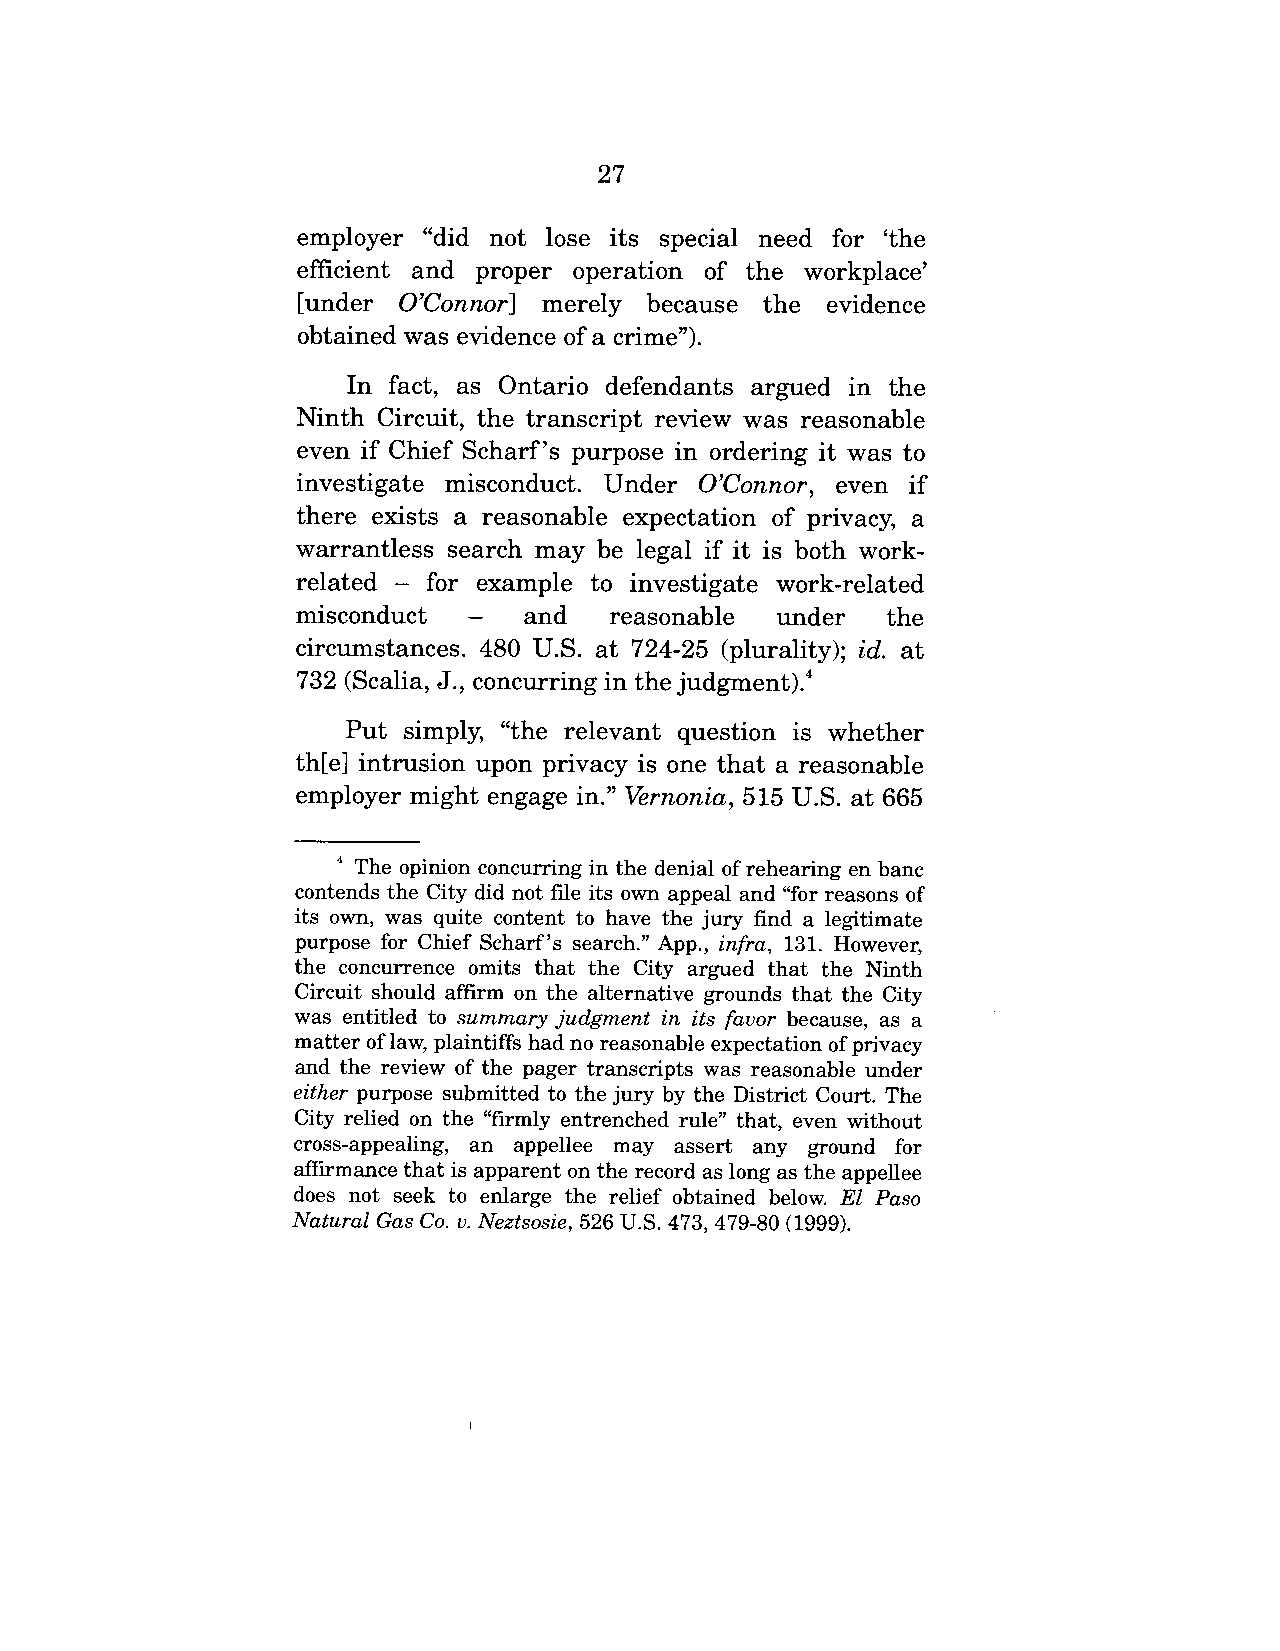
27
 employer "did not lose its special need for ’the
 efficient and proper operation of the workplace’
 [under O’Connor] merely because the evidence
 obtained was evidence of a crime").
 In fact, as Ontario defendants argued in the
 Ninth Circuit, the transcript review was reasonable
 even if Chief Scharf’s purpose in ordering it was to
 investigate misconduct. Under O’Connor, even if
 there exists a reasonable expectation of privacy, a
 warrantless search may be legal if it is both work-
 related - for example to investigate work-related
 misconduct - and reasonable under the
 circumstances. 480 U.S. at 724-25 (plurality); id. at
 732 (Scalia, J., concurring in the judgment).4
 Put simply, "the relevant question is whether
 th[e] intrusion upon privacy is one that a reasonable
 employer might engage in." Vernonia, 515 U.S. at 665
 ~ The opinion concurring in the denial of rehearing en banc
 contends the City did not file its own appeal and "for reasons of
 its own, was quite content to have the jury find a legitimate
 purpose for Chief Scharf’s search." App., infra, 131. However,
 the concurrence omits that the City argued that the Ninth
 Circuit should affirm on the alternative grounds that the City
 was entitled to summary judgment in its favor because, as a
 matter of law, plaintiffs had no reasonable expectation of privacy
 and the review of the pager transcripts was reasonable under
 either purpose submitted to the jury by the District Court. The
 City relied on the "firmly entrenched rule" that, even without
 cross-appealing, an appellee may assert any ground for
 affirmance that is apparent on the record as long as the appellee
 does not seek to enlarge the relief obtained below. El Paso
 Natural Gas Co. v. Neztsosie, 526 U.S. 473, 479-80 (1999).